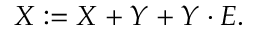
X : = X + Y + Y \cdot E .